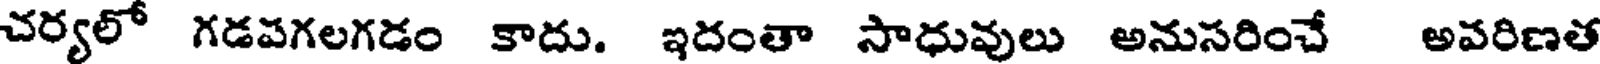
చర్యలో గడపగలగడం కాదు. ఇదంతా సాధువులు అనుసరించే అవరిణత